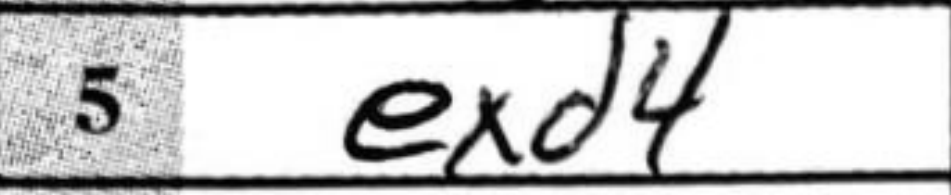
Transcription: exd4